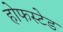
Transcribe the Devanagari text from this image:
होफस्टेड